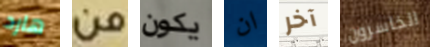
هارد من يكون ان آخر الخاسرون